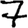
Digit: 7